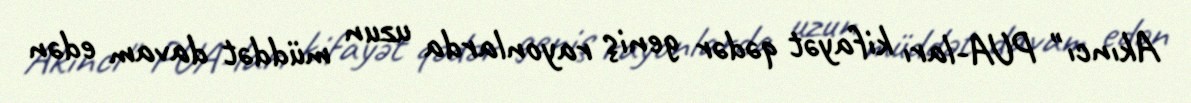
Akıncı" PUA-ları kifayət qədər geniş rayonlarda uzun müddət davam edən